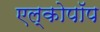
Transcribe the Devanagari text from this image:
एल्कोपॉप